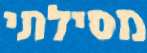
מסילתי